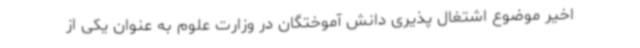
اخیر موضوع اشتغال پذیری دانش آموختگان در وزارت علوم به عنوان یکی از